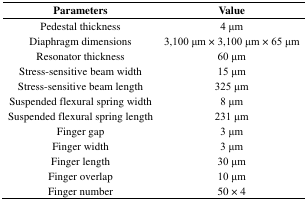
| Parameters | Value |
 | --- | --- |
 | Pedestal thickness | 4 μm |
 | Diaphragm dimensions | 3,100 μm × 3,100 μm × 65 μm |
 | Resonator thickness | 60 μm |
 | Stress-sensitive beam width | 15 μm |
 | Stress-sensitive beam length | 325 μm |
 | Suspended flexural spring width | 8 μm |
 | Suspended flexural spring length | 231 μm |
 | Finger gap | 3 μm |
 | Finger width | 3 μm |
 | Finger length | 30 μm |
 | Finger overlap | 10 μm |
 | Finger number | 50 × 4 |